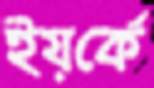
ইয়র্কে